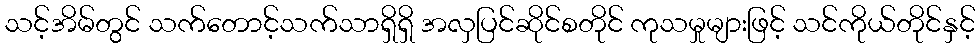
သင့်အိမ်တွင် သက်တောင့်သက်သာရှိရှိ အလှပြင်ဆိုင်စတိုင် ကုသမှုများဖြင့် သင်ကိုယ်တိုင်နှင့်